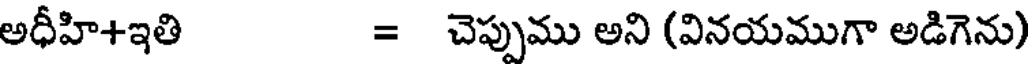
అధీహి+ఇతి = చెప్పుము అని (వినయముగా అడిగెను)